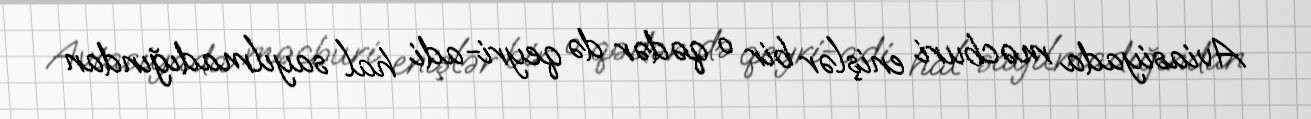
Aviasiyada məcburi enişlər bir o qədər də qeyri-adi hal sayılmadığından